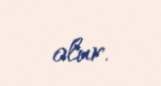
olur.